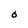
Character: O